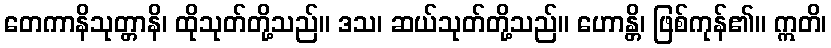
တေကာနိသုတ္တာနိ၊ ထိုသုတ်တို့သည်။ ဒသ၊ ဆယ်သုတ်တို့သည်။ ဟောန္တိ၊ ဖြစ်ကုန်၏။ ဣတိ၊